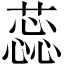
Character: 蕊